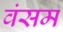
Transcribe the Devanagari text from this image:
वंसम